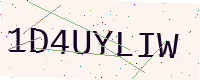
Text: 1D4UYLIW